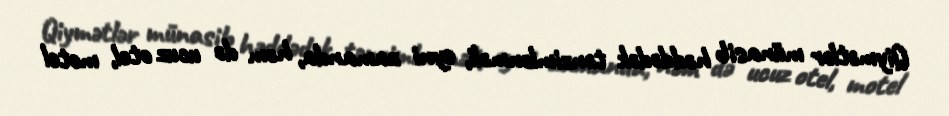
Qiymətlər münasib həddədək tənzimlənməli, eyni zamanda, həm də ucuz otel, motel